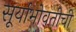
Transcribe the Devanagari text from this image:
सूर्याभोवतीची